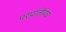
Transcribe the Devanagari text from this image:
परप्रांतीयच